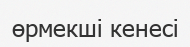
өрмекші кенесі